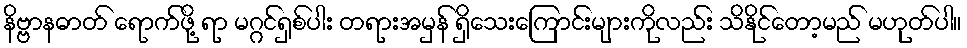
နိဗ္ဗာနဓာတ် ရောက်ဖို့ ရာ မဂ္ဂင်ရှစ်ပါး တရားအမှန် ရှိသေးကြောင်းများကိုလည်း သိနိုင်တော့မည် မဟုတ်ပါ။